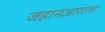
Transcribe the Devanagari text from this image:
जहानआराला